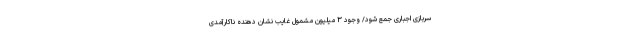
سربازی اجباری جمع شود/ وجود ۳ میلیون مشمول غایب نشان دهنده ناکارآمدی